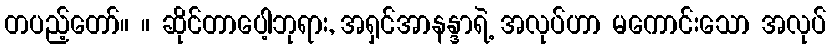
တပည့်တော်။ ။ ဆိုင်တာပေါ့ဘုရား, အရှင်အာနန္ဒာရဲ့ အလုပ်ဟာ မကောင်းသော အလုပ်